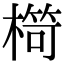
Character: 𣘠